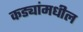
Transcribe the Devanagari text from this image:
कड्यांमधील